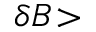
\delta B \! >